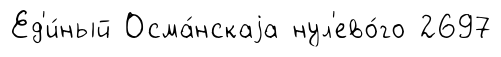
Ед'и́ный Осма́нскаjа нул'ево́го 2697